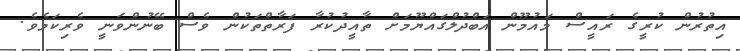
އިތުރުން ކުރީގެ ރައީސް މައުމޫން އަބްދުލްގައްޔޫމަށް ތާއީދުކުރާ ފަރާތްތަކުން ވެސް ބޭނުންވަނީ ވެރިކަމެވެ.